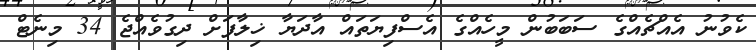
ކެވުނު އެއްޗެއްގެ ސަބަބުން މީހެއްގެ އެސްފިޔަތައް އާދަޔާ ޚިލާފަށް ދިގުވެއްޖެ 34 މިނެޓް